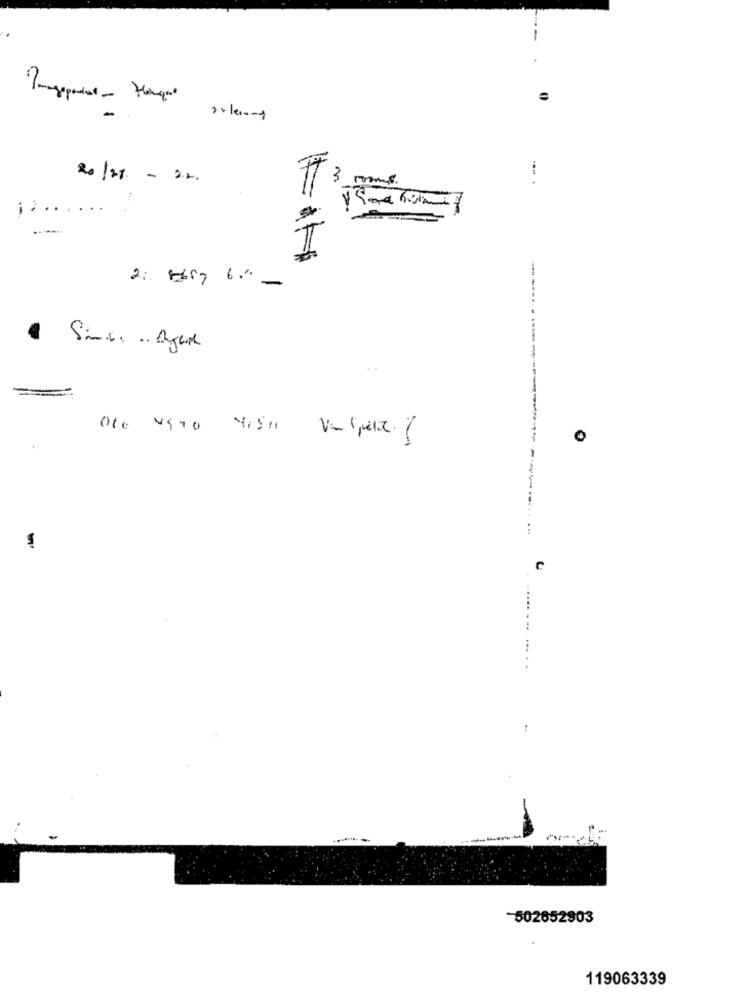
-
20/21 - 2.2.
3 moms.
;. .. . ...
-
1
2: Hory 6"-
0
C
-502652903
119063339